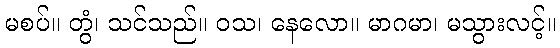
မစပ်။ တွံ၊ သင်သည်။ ဝသ၊ နေလော။ မာဂမာ၊ မသွားလင့်။